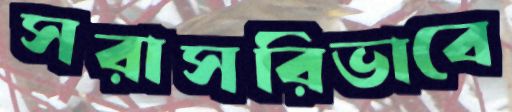
সরাসরিভাবে